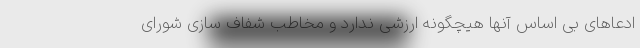
ادعاهای بی اساس آنها هیچگونه ارزشی ندارد و مخاطب شفاف سازی شورای